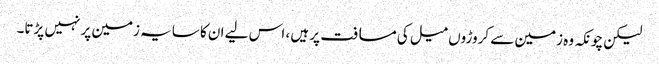
لیکن چونکہ وہ زمین سے کروڑوں میل کی مسافت پر ہیں ، اس لیے ان کا سایہ زمین پر نہیں پڑتا۔